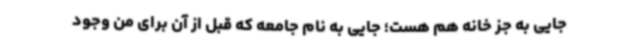
جایی به جز خانه هم هست؛ جایی به‌ نام جامعه که قبل از آن برای من وجود